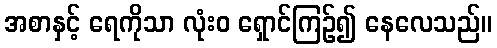
အစာနှင့် ရေကိုသာ လုံးဝ ရှောင်ကြဉ်၍ နေလေသည်။